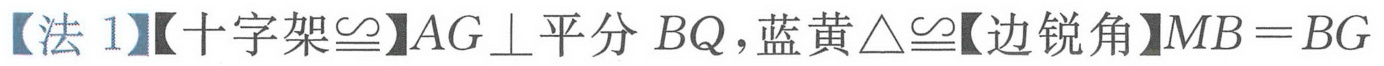
【法 1】【十字架$\cong$】$AG\perp$平分 $BQ$，蓝黄$\triangle\cong$【边锐角】$MB = BG$